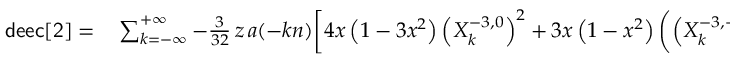
\begin{array} { r l } { { \sf d e e c [ 2 ] } = } & { { } \sum _ { k = - \infty } ^ { + \infty } - \frac { 3 } { 3 2 } \, z \, a ( - k n ) \bigg [ 4 x \left( 1 - 3 x ^ { 2 } \right) \left( X _ { k } ^ { - 3 , 0 } \right) ^ { 2 } + 3 x \left( 1 - x ^ { 2 } \right) \left( \left( X _ { k } ^ { - 3 , - 2 } \right) ^ { 2 } + \left( X _ { k } ^ { - 3 , 2 } \right) ^ { 2 } \right) } \end{array}